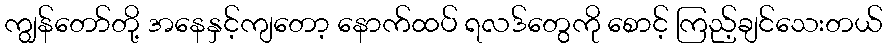
ကျွန်တော်တို့ အနေနှင့်ကျတော့ နောက်ထပ် ရလဒ်တွေကို စောင့် ကြည့်ချင်သေးတယ်